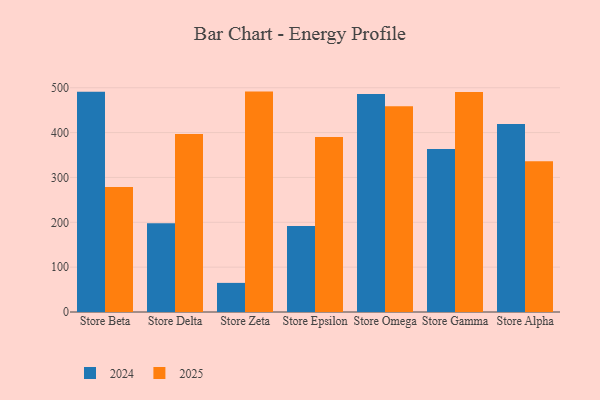
{"axis": {"x": "Store", "y": "Website Visitors"}, "legend": ["2024", "2025"], "data": [{"x": "Store Beta", "y": 278.7, "type": "2025"}, {"x": "Store Beta", "y": 491.0, "type": "2024"}, {"x": "Store Delta", "y": 397.0, "type": "2025"}, {"x": "Store Delta", "y": 197.8, "type": "2024"}, {"x": "Store Zeta", "y": 491.4, "type": "2025"}, {"x": "Store Zeta", "y": 64.9, "type": "2024"}, {"x": "Store Epsilon", "y": 390.4, "type": "2025"}, {"x": "Store Epsilon", "y": 191.6, "type": "2024"}, {"x": "Store Omega", "y": 458.5, "type": "2025"}, {"x": "Store Omega", "y": 486.0, "type": "2024"}, {"x": "Store Gamma", "y": 490.6, "type": "2025"}, {"x": "Store Gamma", "y": 363.5, "type": "2024"}, {"x": "Store Alpha", "y": 335.9, "type": "2025"}, {"x": "Store Alpha", "y": 419.0, "type": "2024"}]}